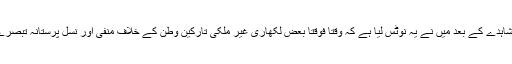
عربی پریس کے مشاہدے کے بعد میں نے یہ نوٹس لیا ہے کہ وقتاً فوقتاً بعض لکھاری غیر ملکی تارکین وطن کے خلاف منفی اور نسل پرستانہ تبصرے کرتے رہتے ہیں۔